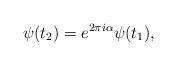
LaTeX: \begin{align*}\psi (t_2) = e^{2\pi i\alpha} \psi (t_1), \end{align*}